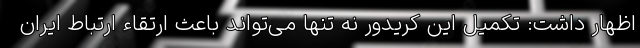
اظهار داشت: تکمیل این کریدور نه تنها می‌تواند باعث ارتقاء ارتباط ایران